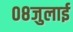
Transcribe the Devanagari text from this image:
०८जुलाई